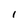
Character: l